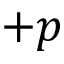
+ p